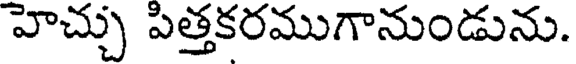
హెచ్చు పిత్తకరముగానుండును.